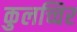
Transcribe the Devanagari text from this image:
कुलच्चिर